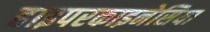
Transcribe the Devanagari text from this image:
हाइपरकाइनेसिया